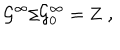
LaTeX: { \cal G } ^ { \infty } / { \cal G } _ { 0 } ^ { \infty } = { \bf Z \ , }